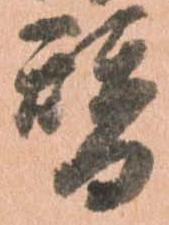
替